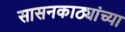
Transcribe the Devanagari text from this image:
सासनकाठ्यांच्या